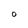
Character: O